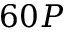
6 0 P